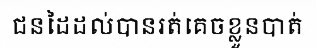
ជនដៃដល់បានរត់គេចខ្លួនបាត់